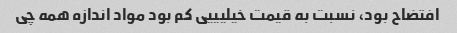
افتضاح بود، نسبت به قیمت خیلیییی کم بود مواد اندازه همه چی